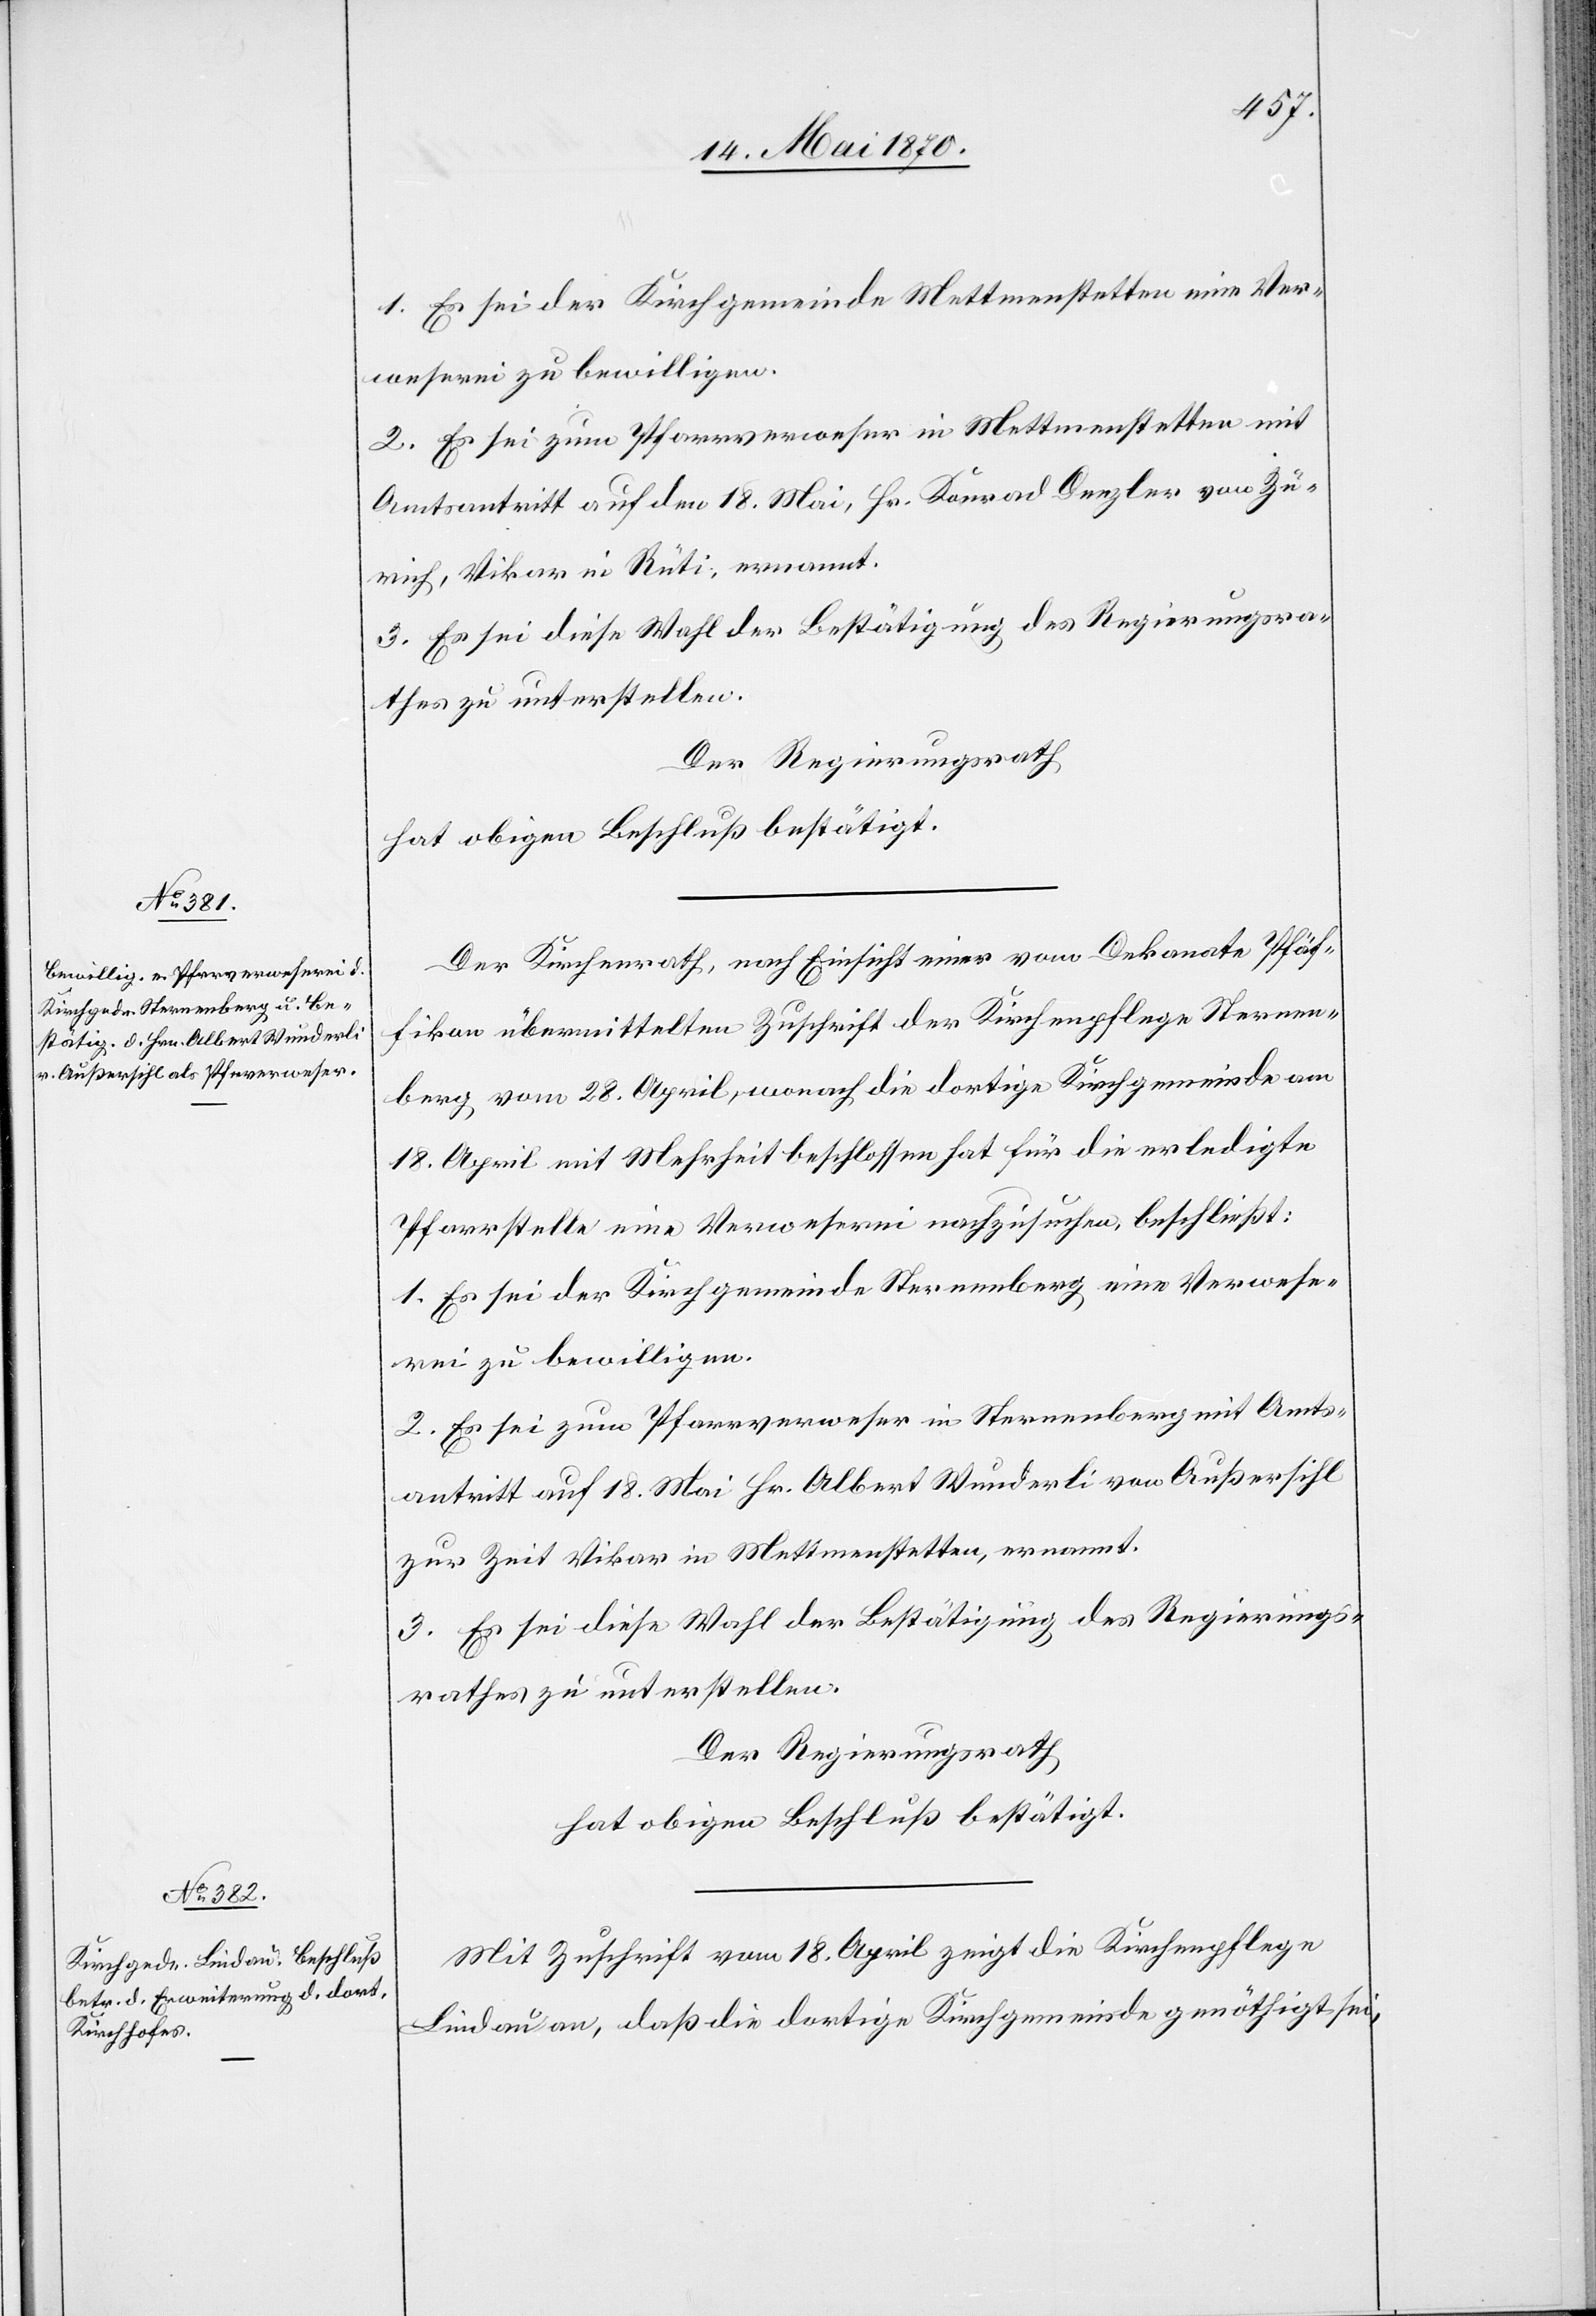
1. Es sei der Kirchgemeinde Mettmenstetten eine Ver¬
weserei zu bewilligen.
2. Es sei zum Pfarrverweser in Mettmenstetten mit
Amtsantritt auf den 18. Mai, Hr. Konrad [sic!] Denzler von Zü¬
rich, Vikar in Rüti, ernannt.
3. Es sei diese Wahl der Bestätigung des Regierungsra¬
thes zu unterstellen.
Der Regierungsrath
hat obigen Beschluß bestätigt.
Der Kirchenrath, nach Einsicht einer vom Dekanate Pfäf¬
fikon übermittelten Zuschrift der Kirchenpflege Sternen¬
berg vom 28. April, wonach die dortige Kirchgemeinde am
18. April mit Mehrheit beschlossen hat[,] für die erledigte
Pfarrstelle eine Verweserei nachzusuchen, beschließt:
1. Es sei der Kirchgemeinde Sternenberg eine Verwese¬
rei zu bewilligen.
2. Es sei zum Pfarrverweser in Sternenberg mit Amts¬
antritt auf 18. Mai Hr. Albert Wunderli von Außersihl
zur Zeit Vikar in Mettmenstetten, ernannt.
3. Es sei diese Wahl der Bestätigung des Regierungs¬
rathes zu unterstellen.
Der Regierungsrath,
hat obigen Beschluß bestätigt.
Mit Zuschrift vom 18. April zeigt die Kirchenpflege
Lindau an, daß die dortige Kirchgemeinde genöthigt sei,